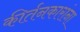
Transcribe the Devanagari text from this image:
कीर्तनकारांना